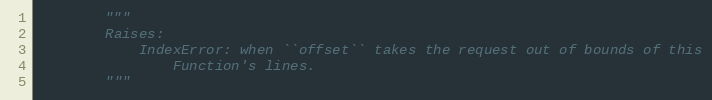
Language: Python
        """
        Raises:
            IndexError: when ``offset`` takes the request out of bounds of this
                Function's lines.
        """